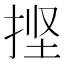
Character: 𰓱